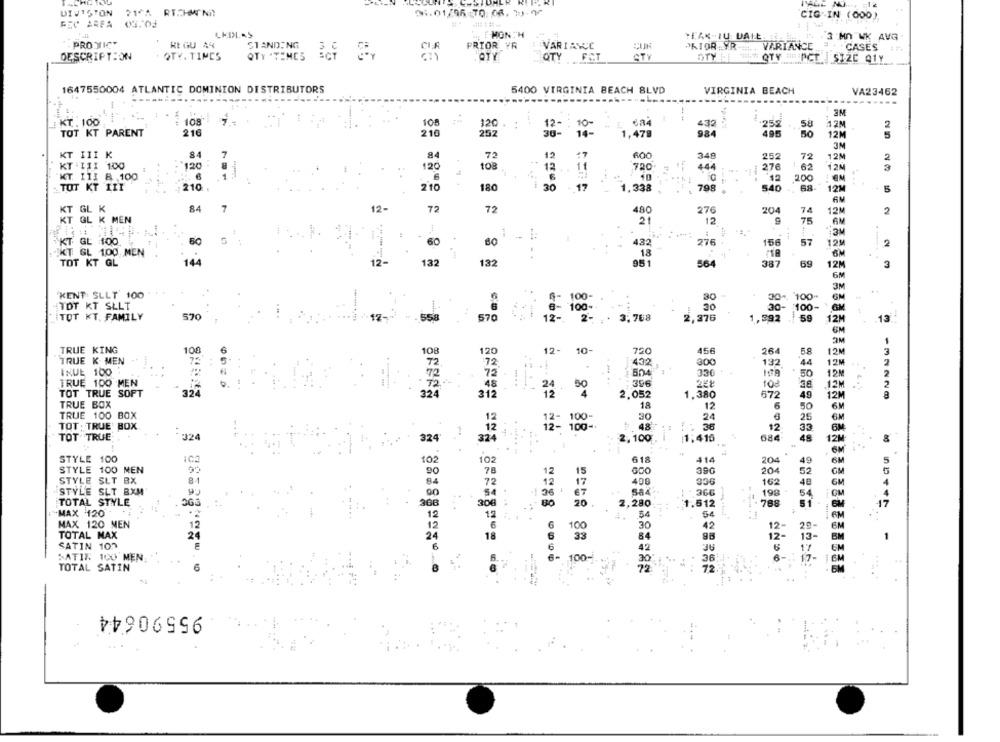
DIVISTON
21^^ RT.CHMINI)
01.01/96 70:08. 10.90
CIG IN (000)
PEC ARFA 03.04
1
MONTH
PEAK-IU DAIL. . ]. P. 3 MO WK AVG
PROTICT
REGU 44
STANDING
FRIOR YR
VARIANCE
PRIOR YR -.... VARIANCE
CASES
DESCRIPTION
QTY. TIMES
QTY *TIMES
OTY
QTY FOT
CTY
STY . "" QTY PCT SIZC A1Y
1647550004 ATLANTIC DOMINION DISTRIBUTORS
5400 VIRGINIA BEACH BLVD
VIRGINIA BEACH
VA23462
-----------
-------......
SM
KT.100
108
108
120
684
432
252
58
12M
2
TOT KT PARENT
216
210
252
12
19-
1,479
984
495
50
12M
5
3M
KT III K
84
84
72
12
600
340
252
72
12M
8
2
KT:III 1:00
120
120
108
12
720
444
1 276
1.62
12M
KT. 111 8.100
1
12
200
TOT KT III
210
2'10
180
30
- 17
1,338
798
540
68-
12M
5
7
12-
72
72
480
KT GL K
84
276
204
74
12M
2
KT GL K MEN
21
12
75
..
KT GL :100.
80
60
80
432
276
156
57
121
2
18
KT GL 100 MEN
..
TOT KT GL
144
12-
132
132
951
564
387
69
12M
3
6M
3M
KENT SLLT 100
100-
30
30- 100-
20
TOT KT SLLT
8- 100-
30- : 100-
TOT KT. FAMILY
570
558
570
12- 2- . . 3.768
2,376
1,392 59
12M
13
GM
2M
TRUE KING
100
12-
720
456
264
120
10-
5.8
12M
3
TRUE K. MEN
72
72
432
300
132
44
12M
INUE 100
504
330
12M
50
TRUE 100 MEN
50
396
288
103
38
12
TOT TRUE SOFT
32
324
2.052
312
1,380
672
49
12M
TRUE BOX
18
12
6
50
6M
TRUE 100 BOX
12
30
24
25
12- 100-
6M
TOT : TRUE' BOX
12
12- 100-
# 48
36
12
33
GM
TOT TRUE
:324
2,100
1,416
684
48
8
324'
324
12M
STYLE 100
¡C2
102
618
414
204
S
49
BM
STYLE 100 MEN
90
15
GDO
39G
204
52
CM
STYLE SLT BX
17
400
162
48
STYLE SLT BXM
67
584
366
198
54
TOTAL STYLE
308
20
2,280
.612
788
17
MAX 120
54
54
RM
MAX 120 MEN
12
6
100
30
29-
TOTAL MAX
84
BM
24
12.
13 -
SATIN 103
6
42
36
6-
36
BATIK 100 MEN
100-
TOTAL SATIN
6
72
72
95590644